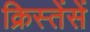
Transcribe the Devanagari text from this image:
क्रिस्तेंसें